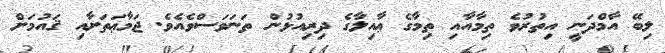
ލިބޭ އާމްދަނީ އިތުރުވެ ތިމާއާއި ތިމާގެ ޢާއިލާގެ ދިރިއުޅުން ތަނަވަސްވެއެވެ. ޖަމާޢަތަށާއި ޤައުމަށް